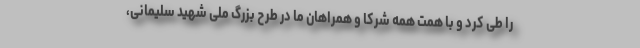
را طی کرد و با همت همه شرکا و همراهان ما در طرح بزرگ ملی شهید سلیمانی،